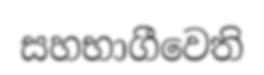
සහභාගීවෙති